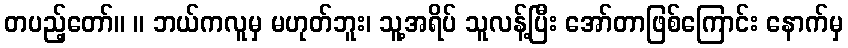
တပည့်တော်။ ။ ဘယ်ကလူမှ မဟုတ်ဘူး၊ သူ့အရိပ် သူလန့်ပြီး အော်တာဖြစ်ကြောင်း နောက်မှ